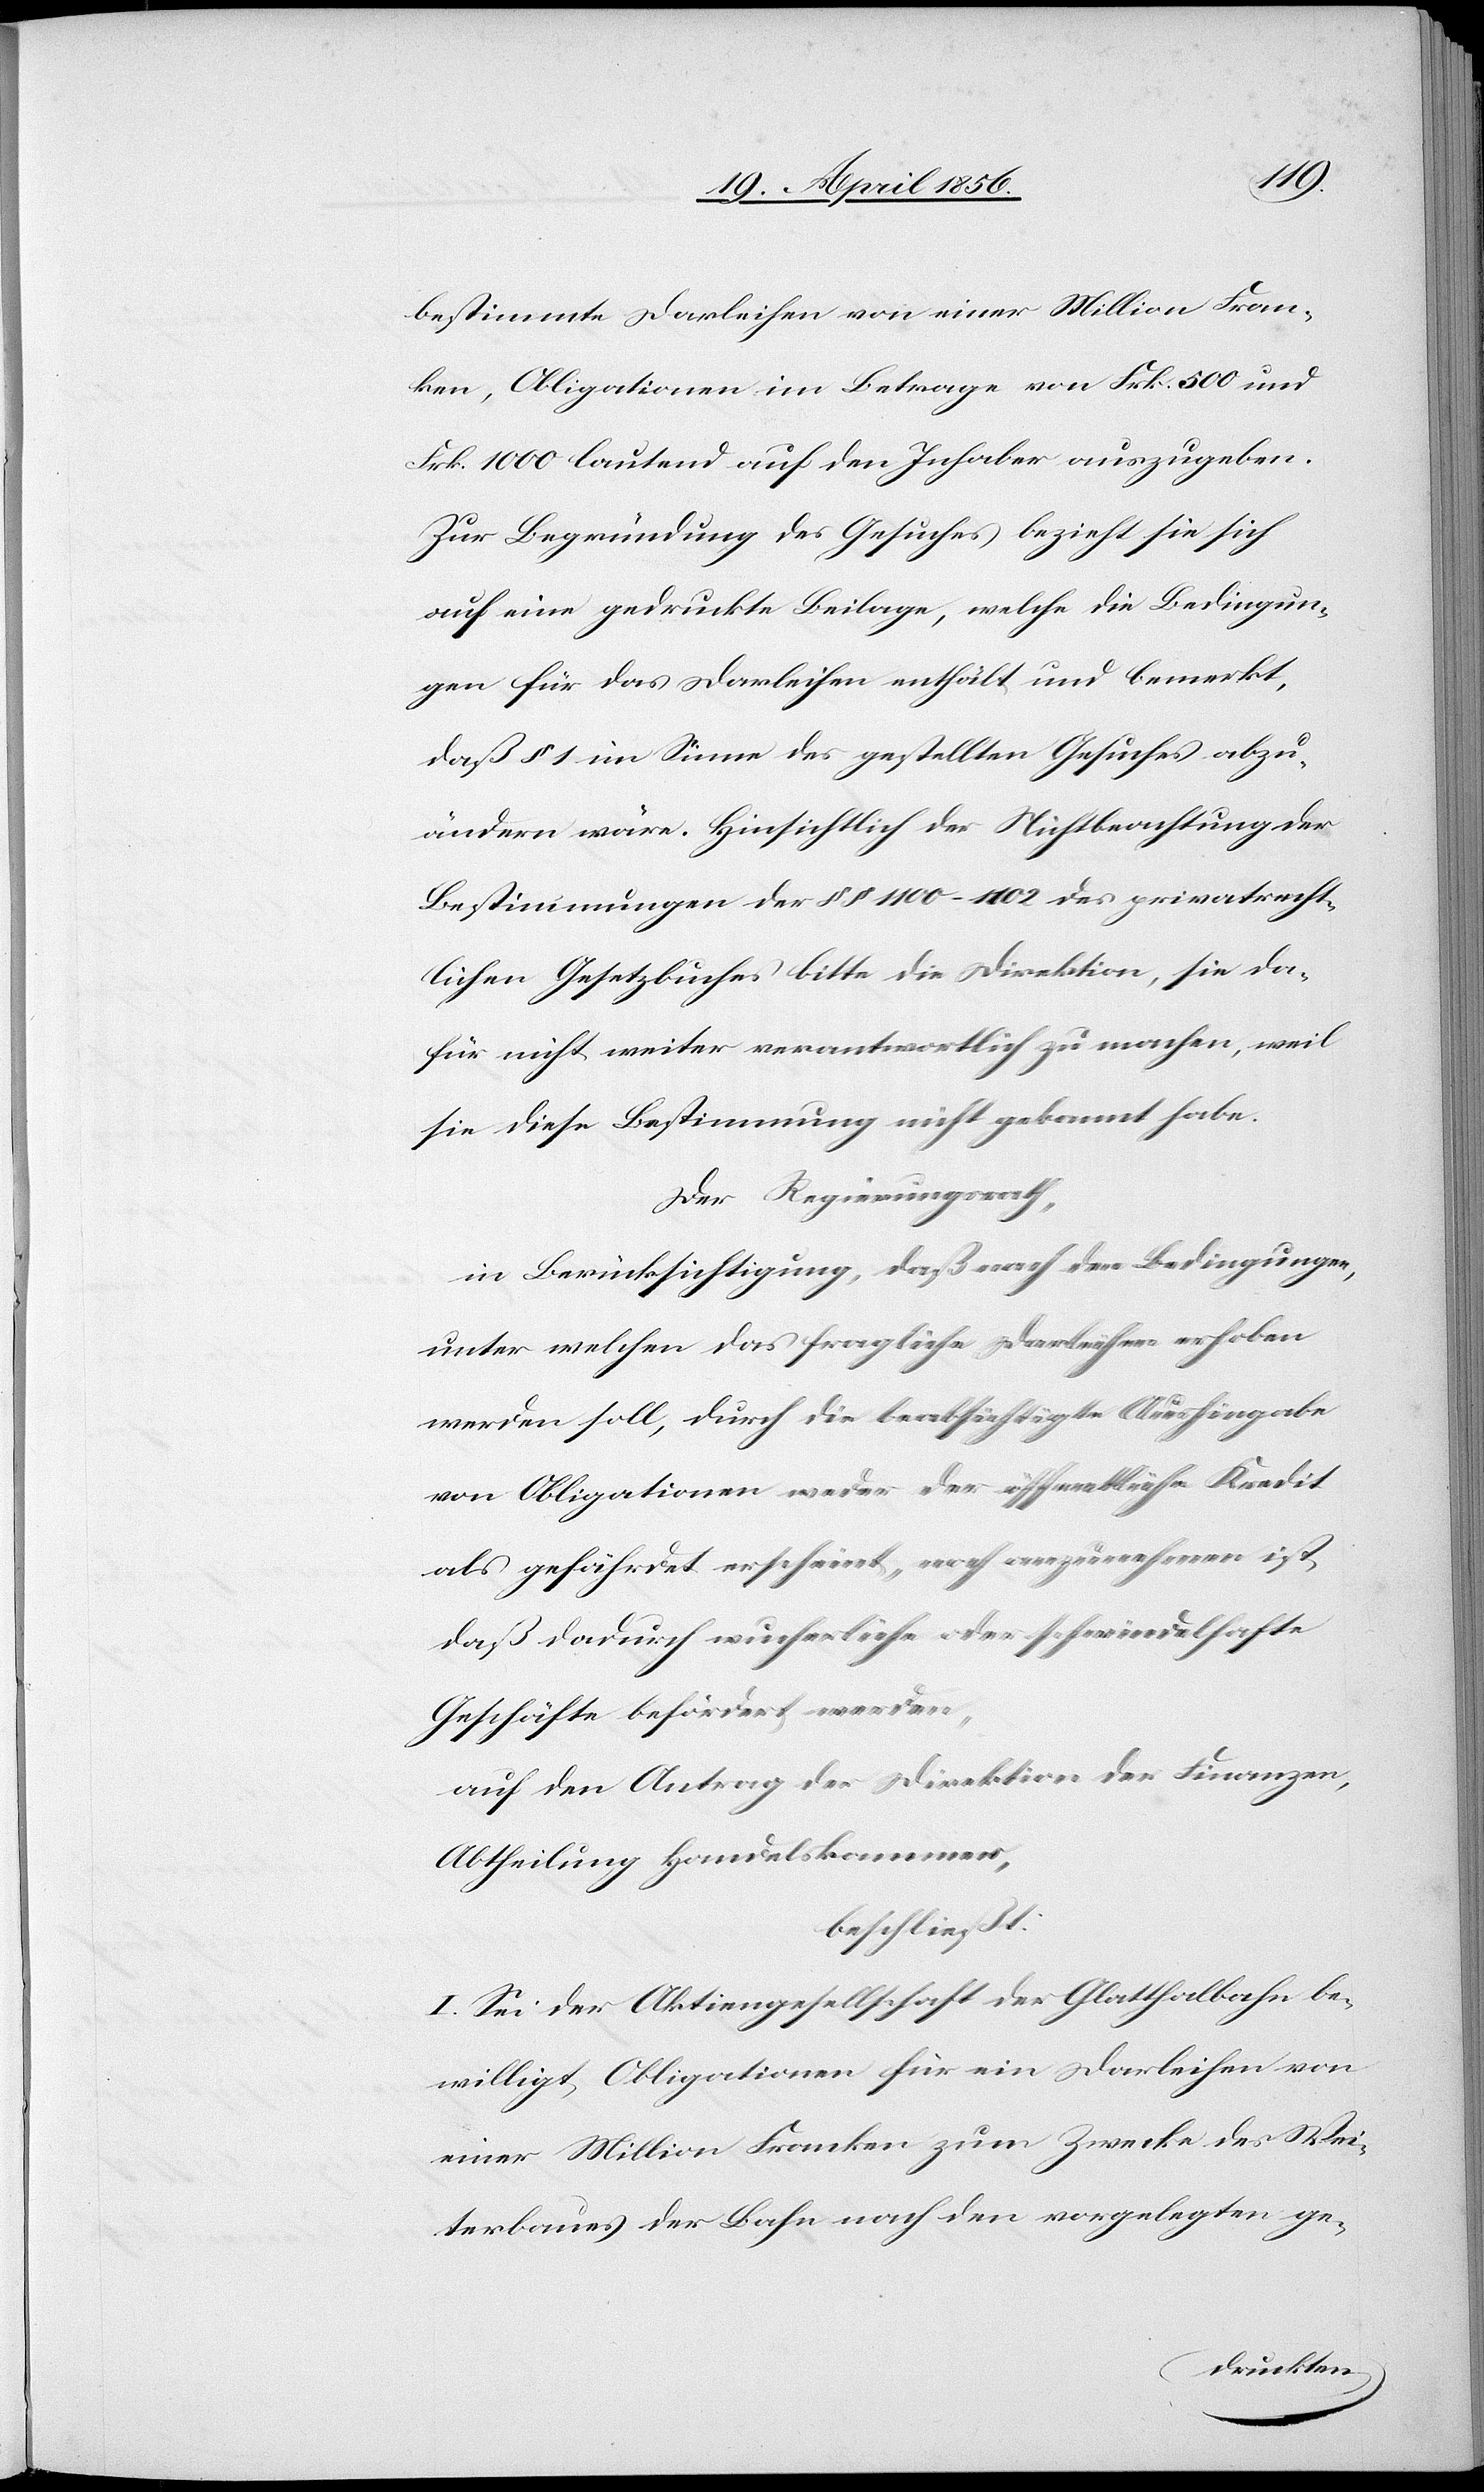
bestimmte] Darleihen von einer Million Fran¬
ken, Obligationen im Betrage von Frk. 500 und
Frk. 1000 lautend auf den Inhaber auszugeben.
Zur Begründung des Gesuches bezieht sie sich
auf eine gedruckte Beilage, welche die Bedingun¬
gen für das Darleihen enthält und bemerkt,
daß § 1 im Sinne des gestellten Gesuches abzu¬
ändern wäre. Hinsichtlich der Nichtbeachtung der
Bestimmungen der §§ 1100–1102 des privatrecht¬
lichen Gesetzbuches bitte die Direktion, sie da¬
für nicht weiter verantwortlich zu machen, weil
sie diese Bestimmung nicht gekannt habe.
Der Regierungsrath,
in Berücksichtigung, daß nach den Bedingungen,
unter welchen das fragliche Darleihen erhoben
werden soll, durch die beabsichtigte Aushingabe
von Obligationen weder der öffentliche Kredit
als gefährdet erscheint, noch anzunehmen ist,
daß dadurch wucherliche oder schwindelhafte
Geschäfte befördert werden,
auf den Antrag der Direktion der Finanzen,
Abtheilung Handelskammer,
beschließt:
I. Sei der Aktiengesellschaft der Glatthalbahn be¬
willigt, Obligationen für ein Darleihen von
einer Million Franken zum Zwecke des Wei¬
terbaues der Bahn nach den vorgelegten ge-